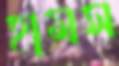
হামস